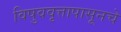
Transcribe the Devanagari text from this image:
विषुववृत्तापासूनचे